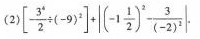
(2)$$\left [ - \frac { 3 ^ { 4 } } { 2 } \div ( - 9 ) ^ { 2 } \right ] + | ( - 1 \frac { 1 } { 2 } ) ^ { 2 } - \frac { 3 } { ( - 2 ) ^ { 2 } } |$$ .